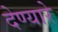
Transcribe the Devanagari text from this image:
देण्यारे